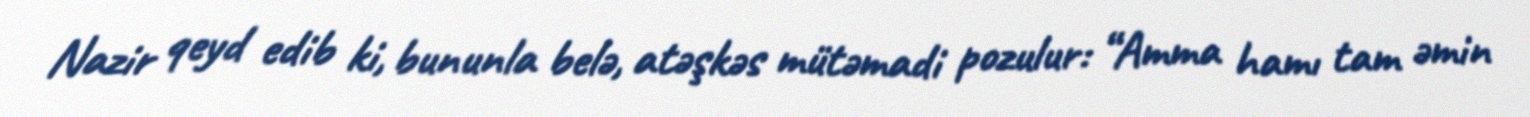
Nazir qeyd edib ki, bununla belə, atəşkəs mütəmadi pozulur: “Amma hamı tam əmin